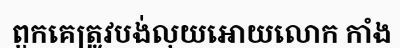
ពួកគេត្រូវបង់លុយអោយលោក កាំង